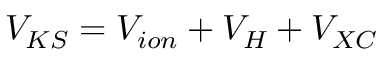
V _ { K S } = V _ { i o n } + V _ { H } + V _ { X C }